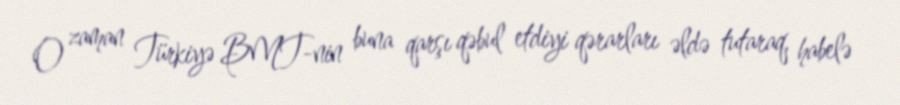
O zaman Türkiyə BMT-nin buna qarşı qəbul etdiyi qərarları əldə tutaraq, habelə